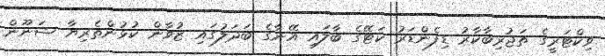
ވިކްޓަރީގެ ތަޖުރިބާކާރު ޑިފެންޑަރު ކަޓޭގެ ބާލައި އޭނާގެ ބަދަލުގައި ޒުވާން ކުޅުންތެރިޔާ ޝަނޫން